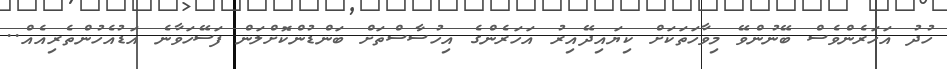
ހުދު އަހަރެންވެސް ބޭނުންވޭ މިވާހަތަކަށް ކިޔައިދޭއިރު އަހަރެންގެ އިހުސާސްތަށް ބަންޑުންކޮށްލަން ފަސޭހަވާނެ އަޑުއެހުންތެރިއެއް..